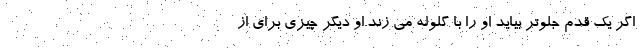
اگر یک قدم جلوتر بیاید او را با گلوله می زند.او دیگر چیزی برای از